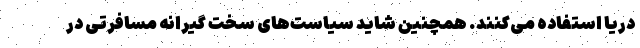
دریا استفاده می‌کنند. همچنین شاید سیاست‌های سخت گیرانه مسافرتی در